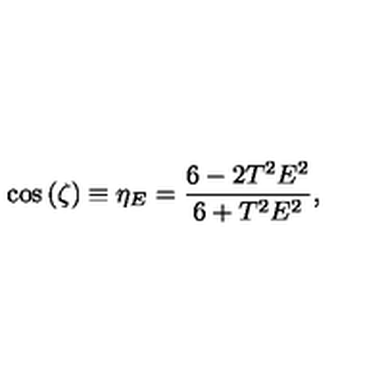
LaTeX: \cos \left( \zeta \right) \equiv \eta _ { E } = \frac { 6 - 2 T ^ { 2 } E ^ { 2 } } { 6 + T ^ { 2 } E ^ { 2 } } ,